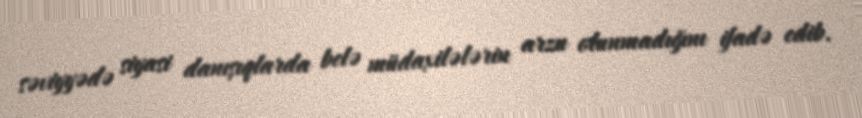
səviyyədə siyasi danışıqlarda belə müdaxilələrin arzu olunmadığını ifadə edib.